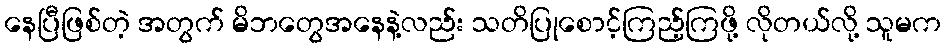
နေပြီဖြစ်တဲ့ အတွက် မိဘတွေအနေနဲ့လည်း သတိပြုစောင့်ကြည့်ကြဖို့ လိုတယ်လို့ သူမက